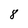
Character: 8